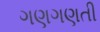
ગણગણતી